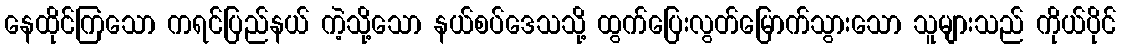
နေထိုင်ကြသော ကရင်ပြည်နယ် ကဲ့သို့သော နယ်စပ်ဒေသသို့ ထွက်ပြေးလွတ်မြောက်သွားသော သူများသည် ကိုယ်ပိုင်